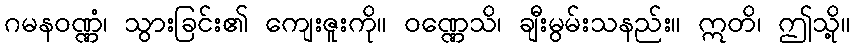
ဂမနဝဏ္ဏံ၊ သွားခြင်း၏ ကျေးဇူးကို။ ဝဏ္ဏေသိ၊ ချီးမွမ်းသနည်း။ ဣတိ၊ ဤသို့။